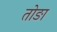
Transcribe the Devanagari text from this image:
तोङा